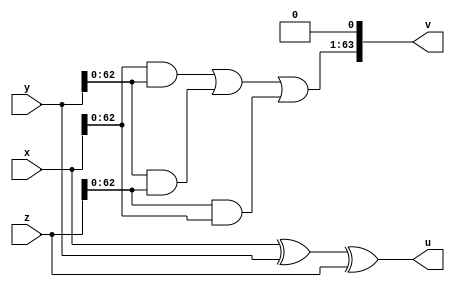
module FA (
	input [63:0] x,
	input [63:0] y,
	input [63:0] z,
	output [63:0]u,
	output [63:0]v);

// assign {v, u} = x+y+z;
assign u = x^y^z;//sum
assign v = ((x&y) | (y&z) | (z&x))<<1; //carry (left shifted once)


endmodule